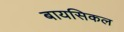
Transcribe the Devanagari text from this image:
बायसिकल